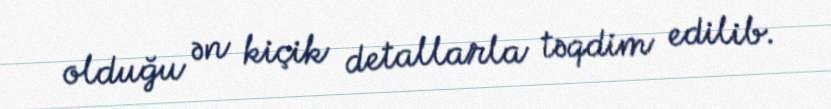
olduğu ən kiçik detallarla təqdim edilib.